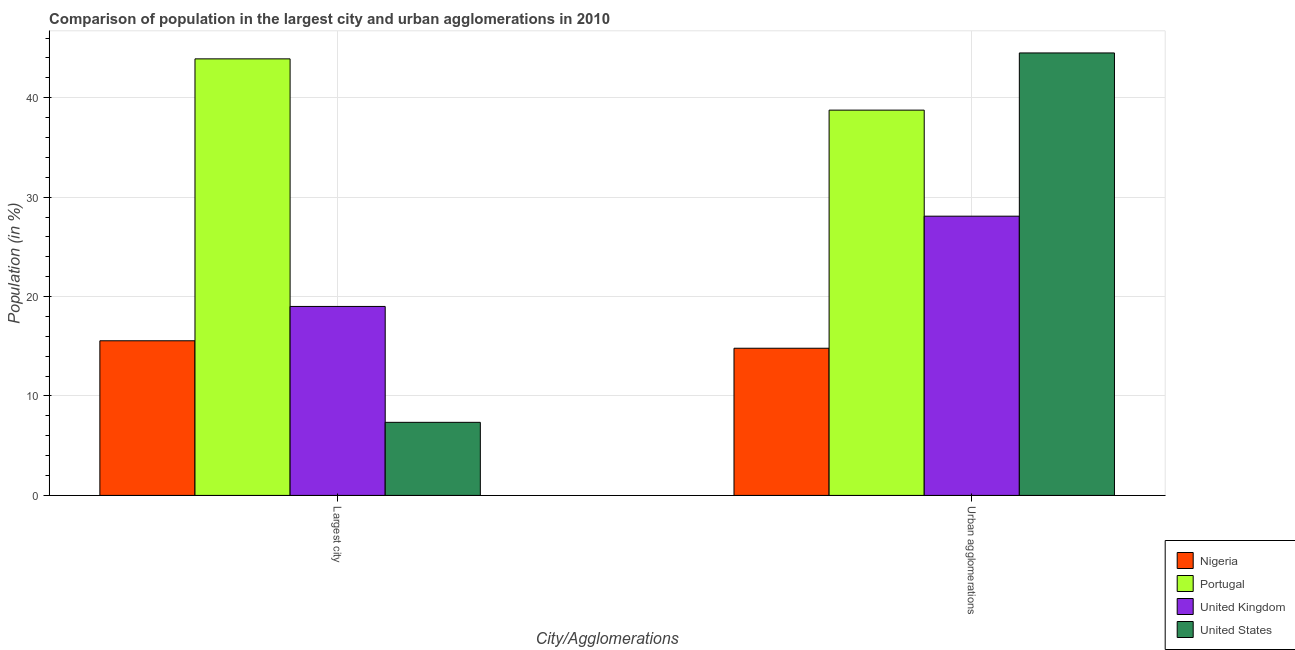
| City/Agglomerations | Nigeria | Portugal | United Kingdom | United States |
 | --- | --- | --- | --- | --- |
 | Largest city | 15.6 | 43.9 | 19 | 7.35 |
 | Urban agglomerations | 14.8 | 38.7 | 28.1 | 44.5 |